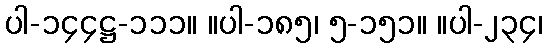
ပါ-၁၄၄ဋ္ဌ-၁၁၁။ ။ပါ-၁၈၅၊ ၅-၁၅၁။ ။ပါ-၂၃၄၊